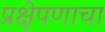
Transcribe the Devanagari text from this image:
प्रक्षेपणाचा